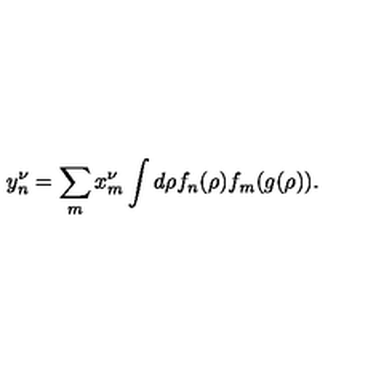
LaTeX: y _ { n } ^ { \nu } = \sum _ { m } x _ { m } ^ { \nu } \int d \rho f _ { n } ( \rho ) f _ { m } ( g ( \rho ) ) .